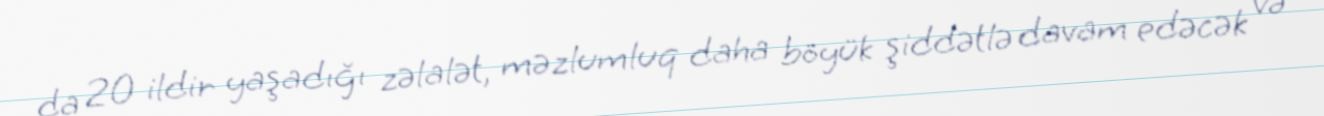
da 20 ildir yaşadığı zəlalət, məzlumluq daha böyük şiddətlə davam edəcək və